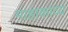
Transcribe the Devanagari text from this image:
माहाकाव्य